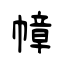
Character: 幛